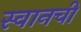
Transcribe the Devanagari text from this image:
स्वानची